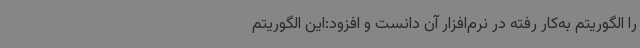
را الگوریتم به‌کار رفته در نرم‌افزار آن دانست و افزود:این الگوریتم